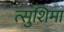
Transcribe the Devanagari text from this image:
त्सुशिमा